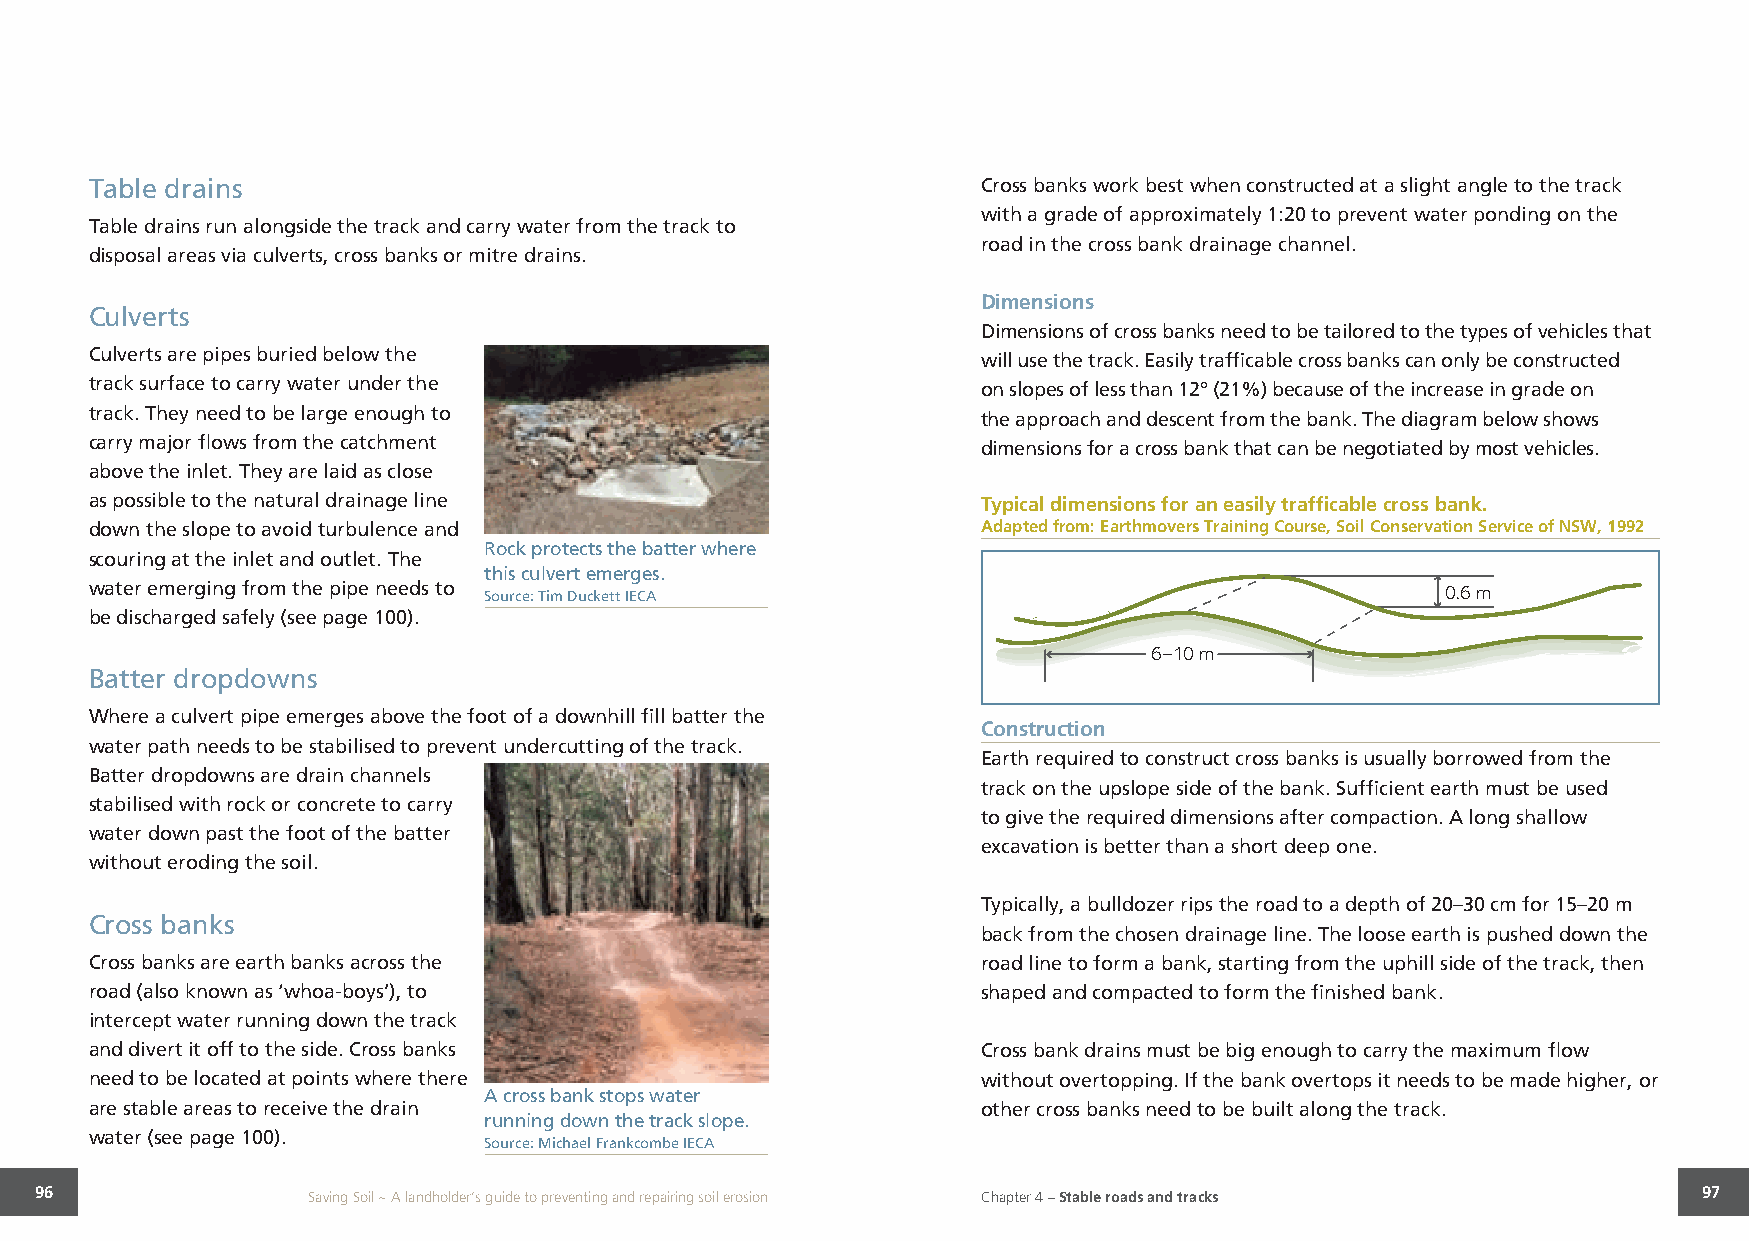
Table drains                                               Cross banks work best when constructed at a slight angle to the track
 with a grade of approximately 1:20 to prevent water ponding on the
 Table drains run alongside the track and carry water from the track to
 road in the cross bank drainage channel.
 disposal areas via culverts, cross banks or mitre drains.
 Dimensions
 Culverts
 Dimensions of cross banks need to be tailored to the types of vehicles that
 Culverts are pipes buried below the                        will use the track. Easily trafficable cross banks can only be constructed
 track surface to carry water under the                     on slopes of less than 12º (21%) because of the increase in grade on
 track. They need to be large enough to                     the approach and descent from the bank. The diagram below shows
 carry major flows from the catchment                       dimensions for a cross bank that can be negotiated by most vehicles.
 above the inlet. They are laid as close
 as possible to the natural drainage line                   Typical dimensions for an easily trafficable cross bank.
 down the slope to avoid turbulence and                     Adapted from: Earthmovers Training Course, Soil Conservation Service of NSW, 1992
 Rock protects the batter where
 scouring at the inlet and outlet. The
 this culvert emerges.
 water emerging from the pipe needs to Source: Tim Duckett IECA                            0.6 m
 be discharged safely (see page 100).
 6–10 m
 Batter dropdowns
 Where a culvert pipe emerges above the foot of a downhill fill batter the
 Construction
 water path needs to be stabilised to prevent undercutting of the track.
 Earth required to construct cross banks is usually borrowed from the
 Batter dropdowns are drain channels
 track on the upslope side of the bank. Sufficient earth must be used
 stabilised with rock or concrete to carry
 to give the required dimensions after compaction. A long shallow
 water down past the foot of the batter
 excavation is better than a short deep one.
 without eroding the soil.
 Typically, a bulldozer rips the road to a depth of 20–30 cm for 15–20 m
 Cross banks
 back from the chosen drainage line. The loose earth is pushed down the
 Cross banks are earth banks across the                     road line to form a bank, starting from the uphill side of the track, then
 road (also known as ‘whoa-boys’), to                       shaped and compacted to form the finished bank.
 intercept water running down the track
 and divert it off to the side. Cross banks                 Cross bank drains must be big enough to carry the maximum flow
 need to be located at points where there                   without overtopping. If the bank overtops it needs to be made higher, or
 A cross bank stops water
 are stable areas to receive the drain                      other cross banks need to be built along the track.
 running down the track slope.
 water (see page 100).
 Source: Michael Frankcombe IECA
 96                Saving Soil ~ A landholder’s guide to preventing and repairing soil erosion Chapter 4 – Stable roads and tracks 97